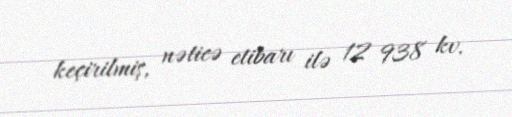
keçirilmiş, nəticə etibarı ilə 12 938 kv.